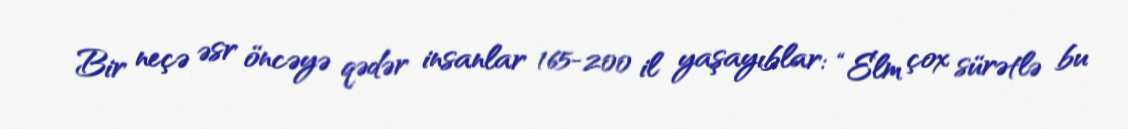
Bir neçə əsr öncəyə qədər insanlar 165-200 il yaşayıblar: “Elm çox sürətlə bu